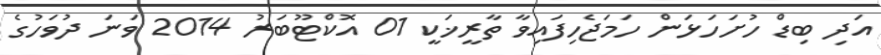
އަދި ބިޑް ހުށަހަޅަން ހަމަޖެހިފައިވާ ތާރީޚަކީ 01 އޮކްޓޫބަރު 2014 ވަނަ ދުވަހުގެ